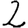
Digit: 2